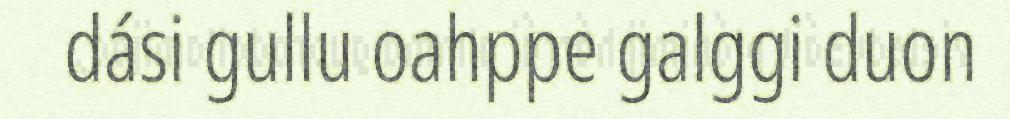
dási gullu oahppe galggi duon